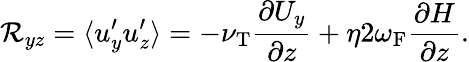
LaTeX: {\cal{R}}_{yz}=\langle{u_{y}^{\prime}u_{z}^{\prime}}\rangle=-\nu_{\mathrm{{T}}}\frac{\partial U_{y}}{\partial z}+\eta 2\omega_{\mathrm{{F}}}\frac{\partial H}{\partial z}.